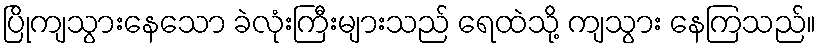
ပြိုကျသွားနေသော ခဲလုံးကြီးများသည် ရေထဲသို့ ကျသွား နေကြသည်။